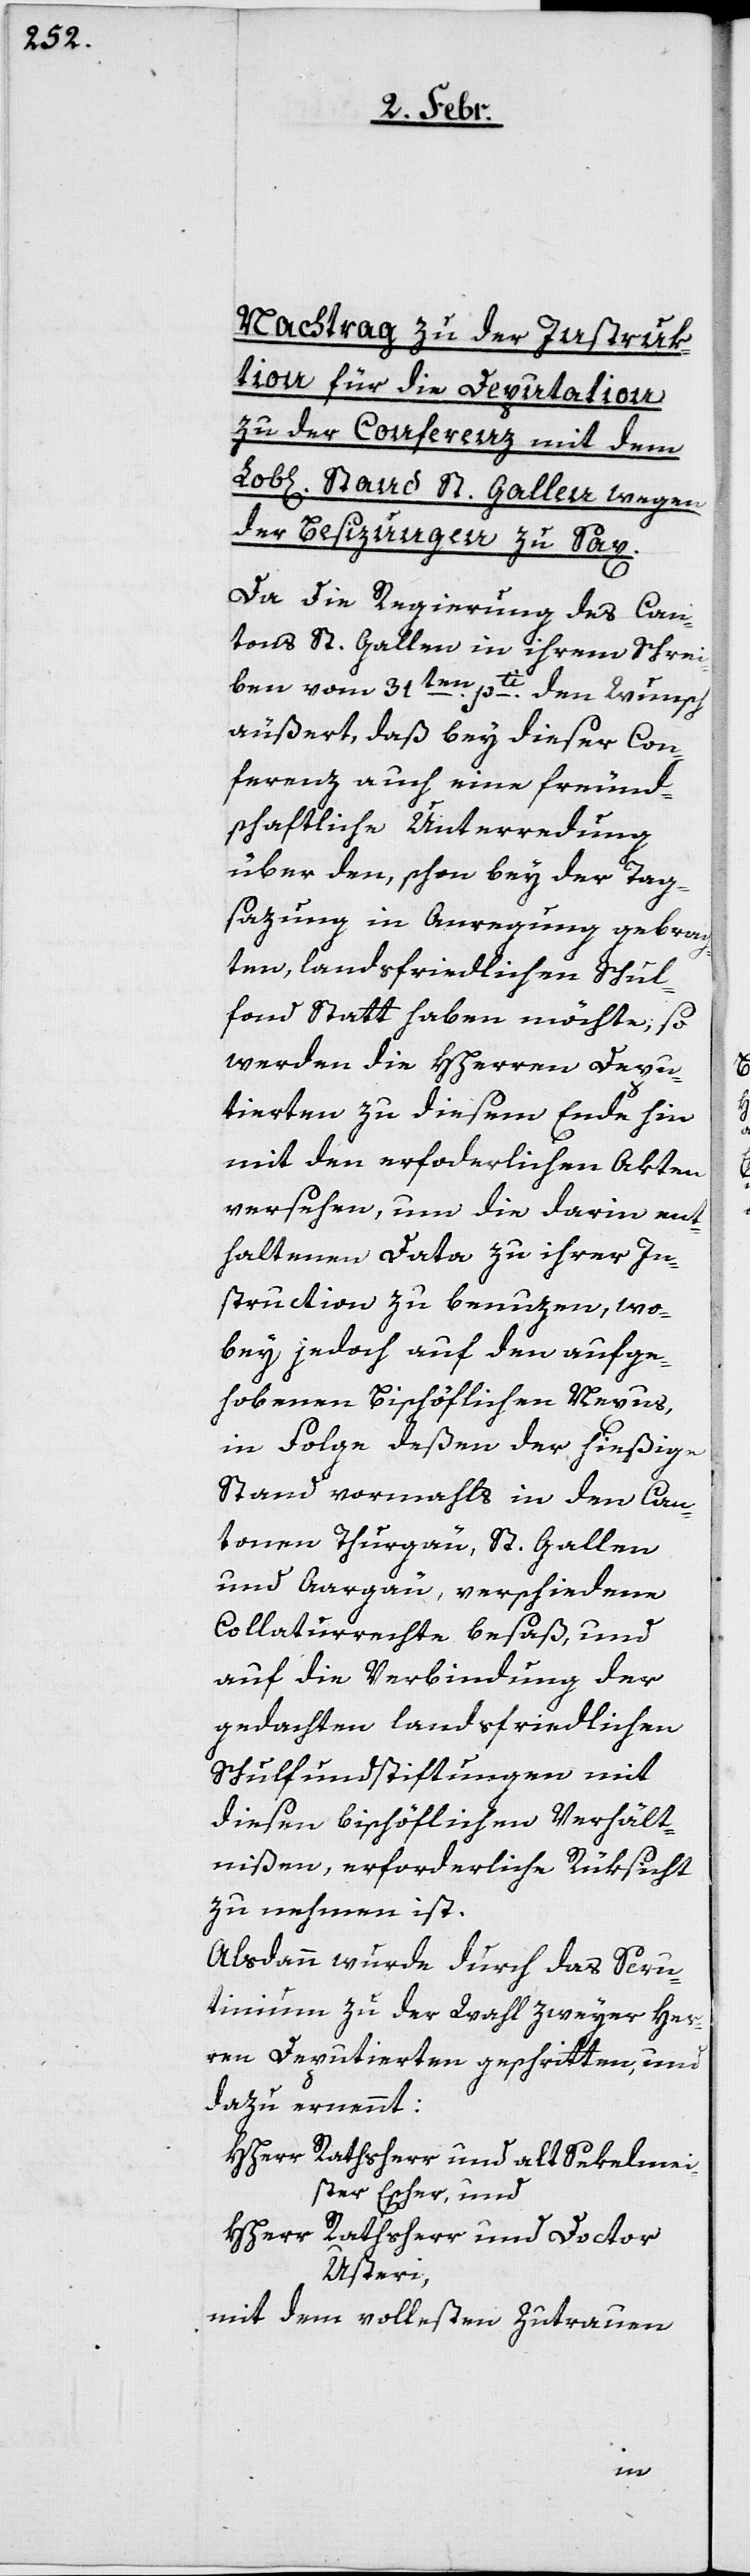
Nachtrag zu der Instruk¬
tion für die Deputation
zu der Conferenz mit dem
Stand St. Gallen, wegen
der Besizungen zu Sax.
Da die Regierung des Can¬
tons St. Gallen in ihrem Schrei¬
ben vom 31ten. pti. den Wusch
äußert, daß bey dieser Con¬
ferenz auch eine freund¬
schaftliche Unterredung
über den, schon bey der Tag¬
sazung in Anregung gebrach¬
ten, landsfriedlichen Schul¬
fonds Statt haben möchte; so
werden die HHerren Depu¬
tierten zu diesem Ende hin
mit den erforderlichen Akten
versehen, um die darin ent¬
haltenen Data zu ihrer In¬
struction zu benuzen, wo¬
bey jedoch auf den aufge¬
hobenen bischöflichen Nexus,
in Folge deßen der hießige
Stand vormahls in den Can¬
tonen Thurgöu, St. Gallen
und Aargäu verschiedene
Collaturrechte besaß, und
auf die Verbindung der
gedachten landsfriedlichen
Schulfundstiftungen mit
diesen bischöflichen Verhält¬
nißen, erforderliche Rücksicht
zu nehmen ist.
Alsdann wurde durch das Scru¬
tinium zu der Wahl zweyer Her¬
ren Deputierten geschritten, und
dazu ernennt:
HHerr Rathsherr und alt Sekelmei¬
ster Escher, und
HHerr Rathsherr und Doctor
Usteri,
mit dem vollesten Zutrauen